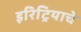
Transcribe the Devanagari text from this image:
इरिट्रियाचे